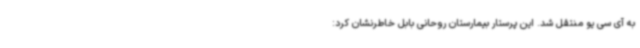
به آی سی یو منتقل شد. این پرستار بیمارستان روحانی بابل خاطرنشان کرد: